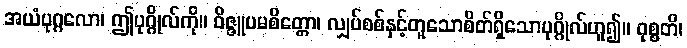
အယံပုဂ္ဂလော၊ ဤပုဂ္ဂိုလ်ကို။ ဝိဇ္ဇူပမစိတ္တော၊ လျှပ်စစ်နှင့်တူသောစိတ်ရှိသောပုဂ္ဂိုလ်ဟူ၍။ ဝုစ္စတိ၊